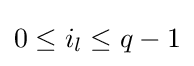
0\leq i_{l}\leq q-1